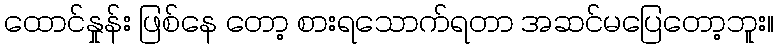
ထောင်နှုန်း ဖြစ်နေ တော့ စားရသောက်ရတာ အဆင်မပြေတော့ဘူး။